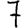
Digit: 7